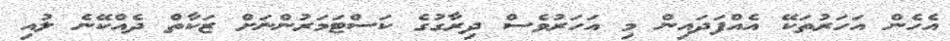
އެހެން އަހަރުތަކޭ އެއްފަދައިން މި އަހަރުވެސް ދިރާގުގެ ކަސްޓަމަރުންނަށް ޒަކާތް ދެއްކޭނެ ލުއި